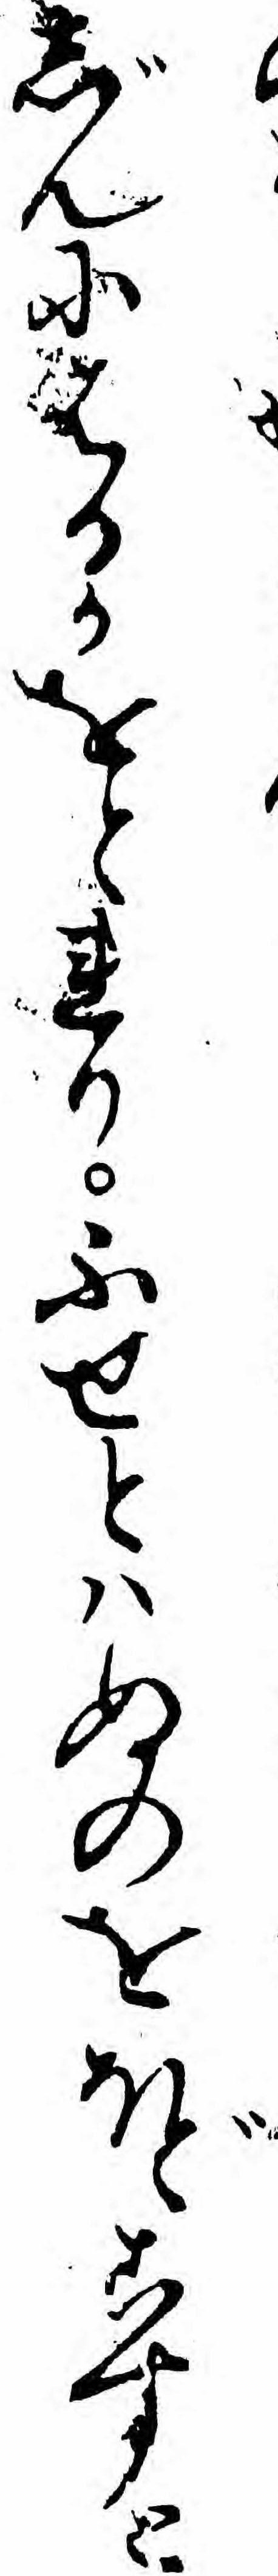
じんにはるかをとれりふせとハぬのをほどこすと